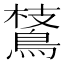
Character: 𪂅